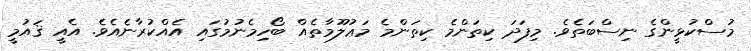
މުސްކުޅީންގެ ނިސްބަތެވެ. މިފަދަ ކިތަންމެ ކިތަންމެ މަޢުލޫމާތެއް ބޯހިމެނުމުގައި އެއްކުރާނެއެވެ. އެއީ ޤައުމީ